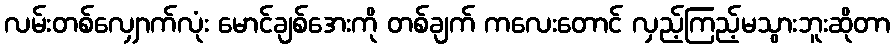
လမ်းတစ်လျှောက်လုံး မောင်ချစ်အေးကို တစ်ချက် ကလေးတောင် လှည့်ကြည့်မသွားဘူးဆိုတာ